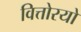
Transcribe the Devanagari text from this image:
वित्तोरयो